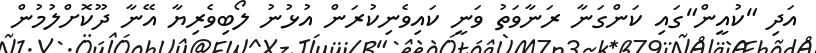
އަދި "ކުއީން"ގައި ކަންގަނާ ރަނާވަތު ވަނީ ކައިވެނިކުރަން އުޅުނު ލޯބިވެރިޔާ އޭނާ ދޫކޮށްލުމުން